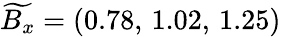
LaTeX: \widetilde{B_{x}}=(0.78,\, 1.02,\, 1.25)